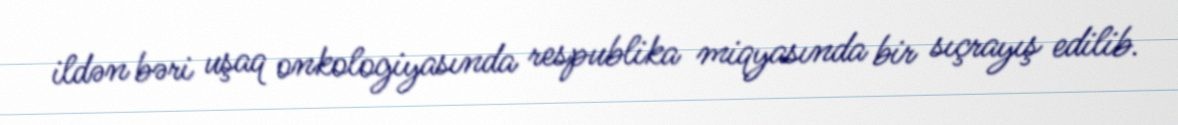
ildən bəri uşaq onkologiyasında respublika miqyasında bir sıçrayış edilib.